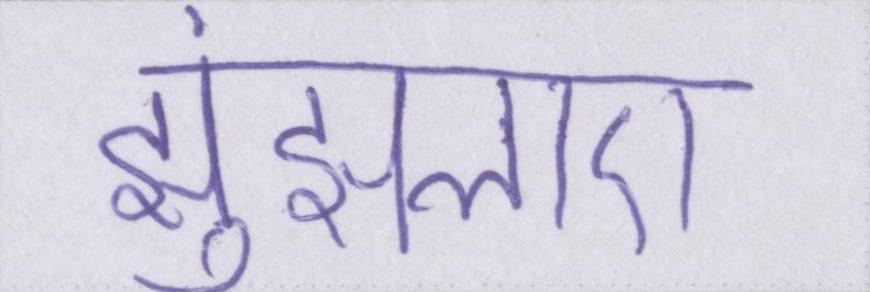
झुंझलाए